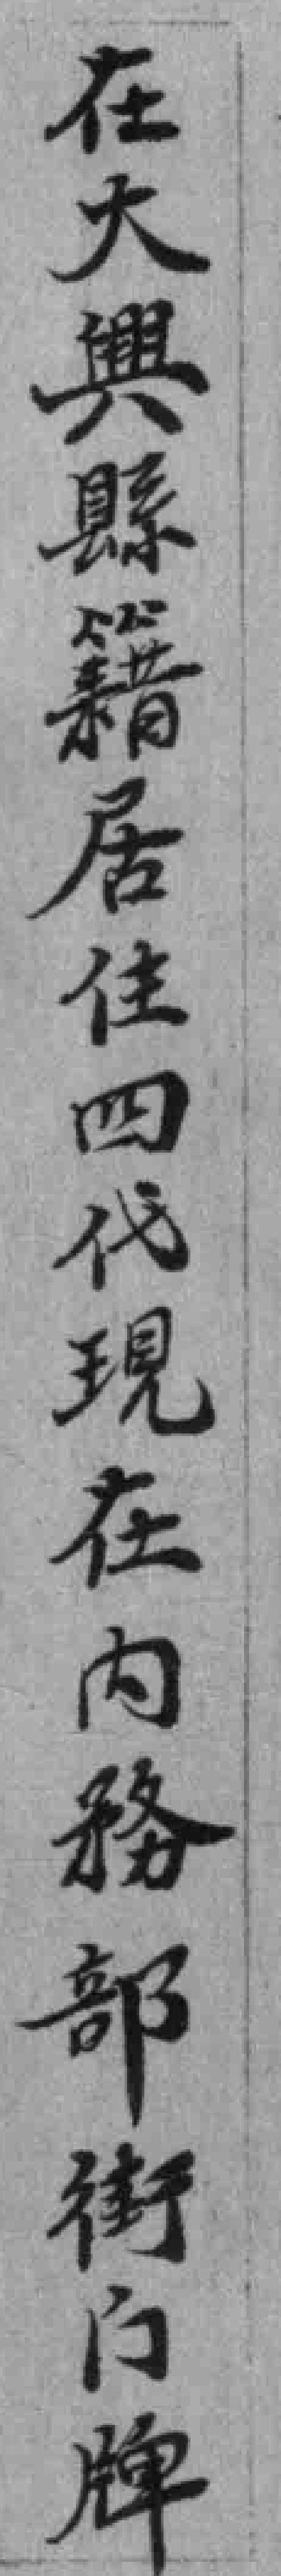
在大興縣籍居住四代現在內務部街门牌